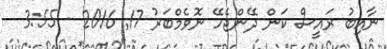
ނާއިބު ރައީސް ކަން ދޭންޖެހޭ ނޮވެމްބަރު 17